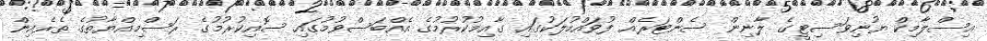
އިސްލާމިކް ޔުނިވަސިޓީގެ ލާނިން ސެންޓަރެއް ފުވައްމުލަކުގައި ގާއިމުކުރުމުގެ އެއްބަސްވުމުގައި ސޮއިކުރުމުގެ ރަސްމިއްޔާތުގެ ތެރެއިން